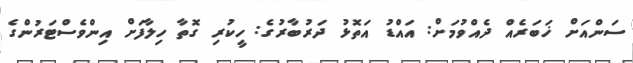
ސަންއަށް ޚަބަރެއް ދެއްވުމަށް: އައްޑު އަތޮޅު ދަރުބާރުގެ: ހީކުރި ގޮތާ ހިލާފަށް އިންވެސްޓަރުންގެ